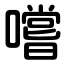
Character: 嚐